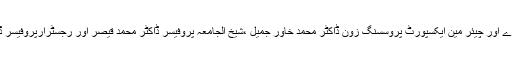
اس موقع پرڈاکٹر جمیل جالبی کے صاحبزادے اور چیئر مین ایکسپورٹ پروسسنگ زون ڈاکٹر محمد خاور جمیل ،شیخ الجامعہ پروفیسر ڈاکٹر محمد قیصر اور رجسٹرارپروفیسر ڈاکٹر معظم علی خان بھی خطاب کریں گے۔